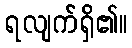
ရလျက်ရှိ၏။